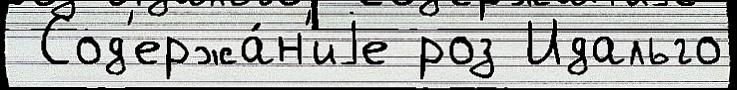
 Сод'ержа́н'иjе роз Идальго